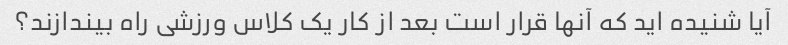
آیا شنیده اید که آنها قرار است بعد از کار یک کلاس ورزشی راه بیندازند؟